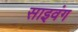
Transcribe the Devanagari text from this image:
साइवंग